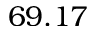
6 9 . 1 7